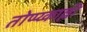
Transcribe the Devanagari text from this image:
तोप्प्य्काल्ली